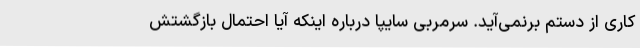
کاری از دستم برنمی‌آید. سرمربی سایپا درباره اینکه آیا احتمال بازگشتش